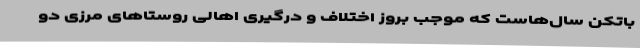
باتکن سال‌هاست که موجب بروز اختلاف و درگیری اهالی روستاهای مرزی دو